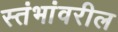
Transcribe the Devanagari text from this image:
स्तंभांवरील